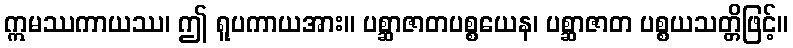
ဣမဿကာယဿ၊ ဤ ရူပကာယအား။ ပစ္ဆာဇာတပစ္စယေန၊ ပစ္ဆာဇာတ ပစ္စယသတ္တိဖြင့်။